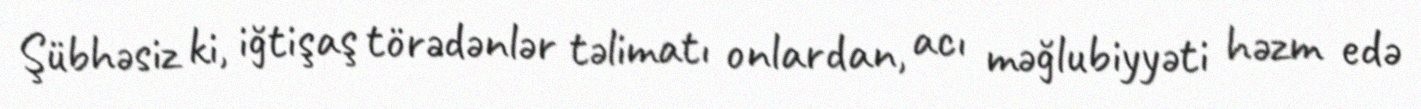
Şübhəsiz ki, iğtişaş törədənlər təlimatı onlardan, acı məğlubiyyəti həzm edə